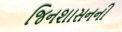
જિનશાસનની